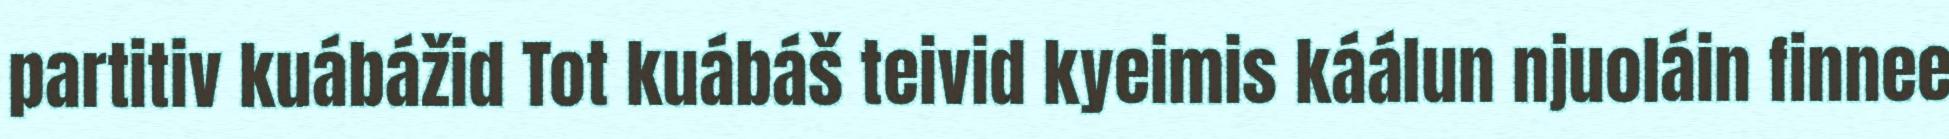
partitiv kuábážid Tot kuábáš teivid kyeimis káálun njuoláin finnee